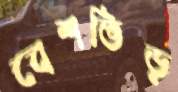
বেশভিড়